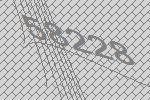
58228